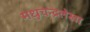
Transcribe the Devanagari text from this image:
मधुचन्द्रलेखा